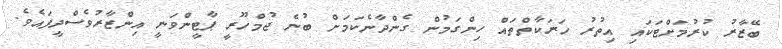
ބޭޒާރު ކުރުމަށްޓަކައި އިތުރު ހަރަކާތްތައް ހިންގަމުން ގެންދާނެކަމަށް ބުނެ ޖުމްހޫރީ ޕާޓީންވަނީ އިންޒާރުވެސްދީފައެވެ.